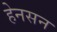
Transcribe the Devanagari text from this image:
हेनसन